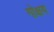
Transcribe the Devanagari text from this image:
गोक्षय